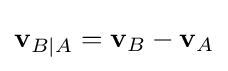
\mathbf {v} _{B\mid A}=\mathbf {v} _{B}-\mathbf {v} _{A}